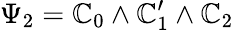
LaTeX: \Psi_{2}=\mathbb{C}_{0}\wedge\mathbb{C}_{1}^{\prime}\wedge\mathbb{C}_{2}